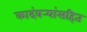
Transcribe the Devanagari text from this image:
कादंबर्‍यांसहित